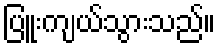
ပြူးကျယ်သွားသည်။